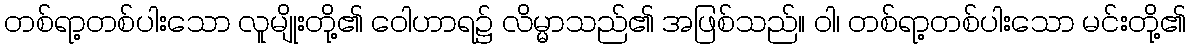
တစ်ရာ့တစ်ပါးသော လူမျိုးတို့၏ ဝေါဟာရ၌ လိမ္မာသည်၏ အဖြစ်သည်။ ဝါ၊ တစ်ရာ့တစ်ပါးသော မင်းတို့၏